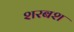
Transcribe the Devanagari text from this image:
शरबश